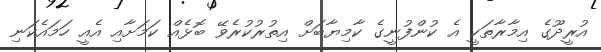
އުރީދޫގެ އިމާރާތަކީ އެ ކުންފުނީގެ ކާމިޔާބަށް އިތުރުކުރެވޭ ބޮޅެއް ކަމަށާއި އެއީ ހަމައެކަނި